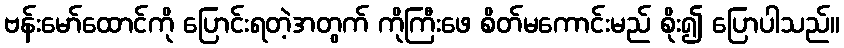
ဗန်းမော်ထောင်ကို ပြောင်းရတဲ့အတွက် ကိုကြီးဖေ စိတ်မကောင်းမည် စိုး၍ ပြောပါသည်။